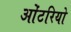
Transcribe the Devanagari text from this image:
ओंटरियो